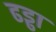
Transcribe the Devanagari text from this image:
ढड्ढा